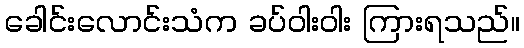
ခေါင်းလောင်းသံက ခပ်ဝါးဝါး ကြားရသည်။